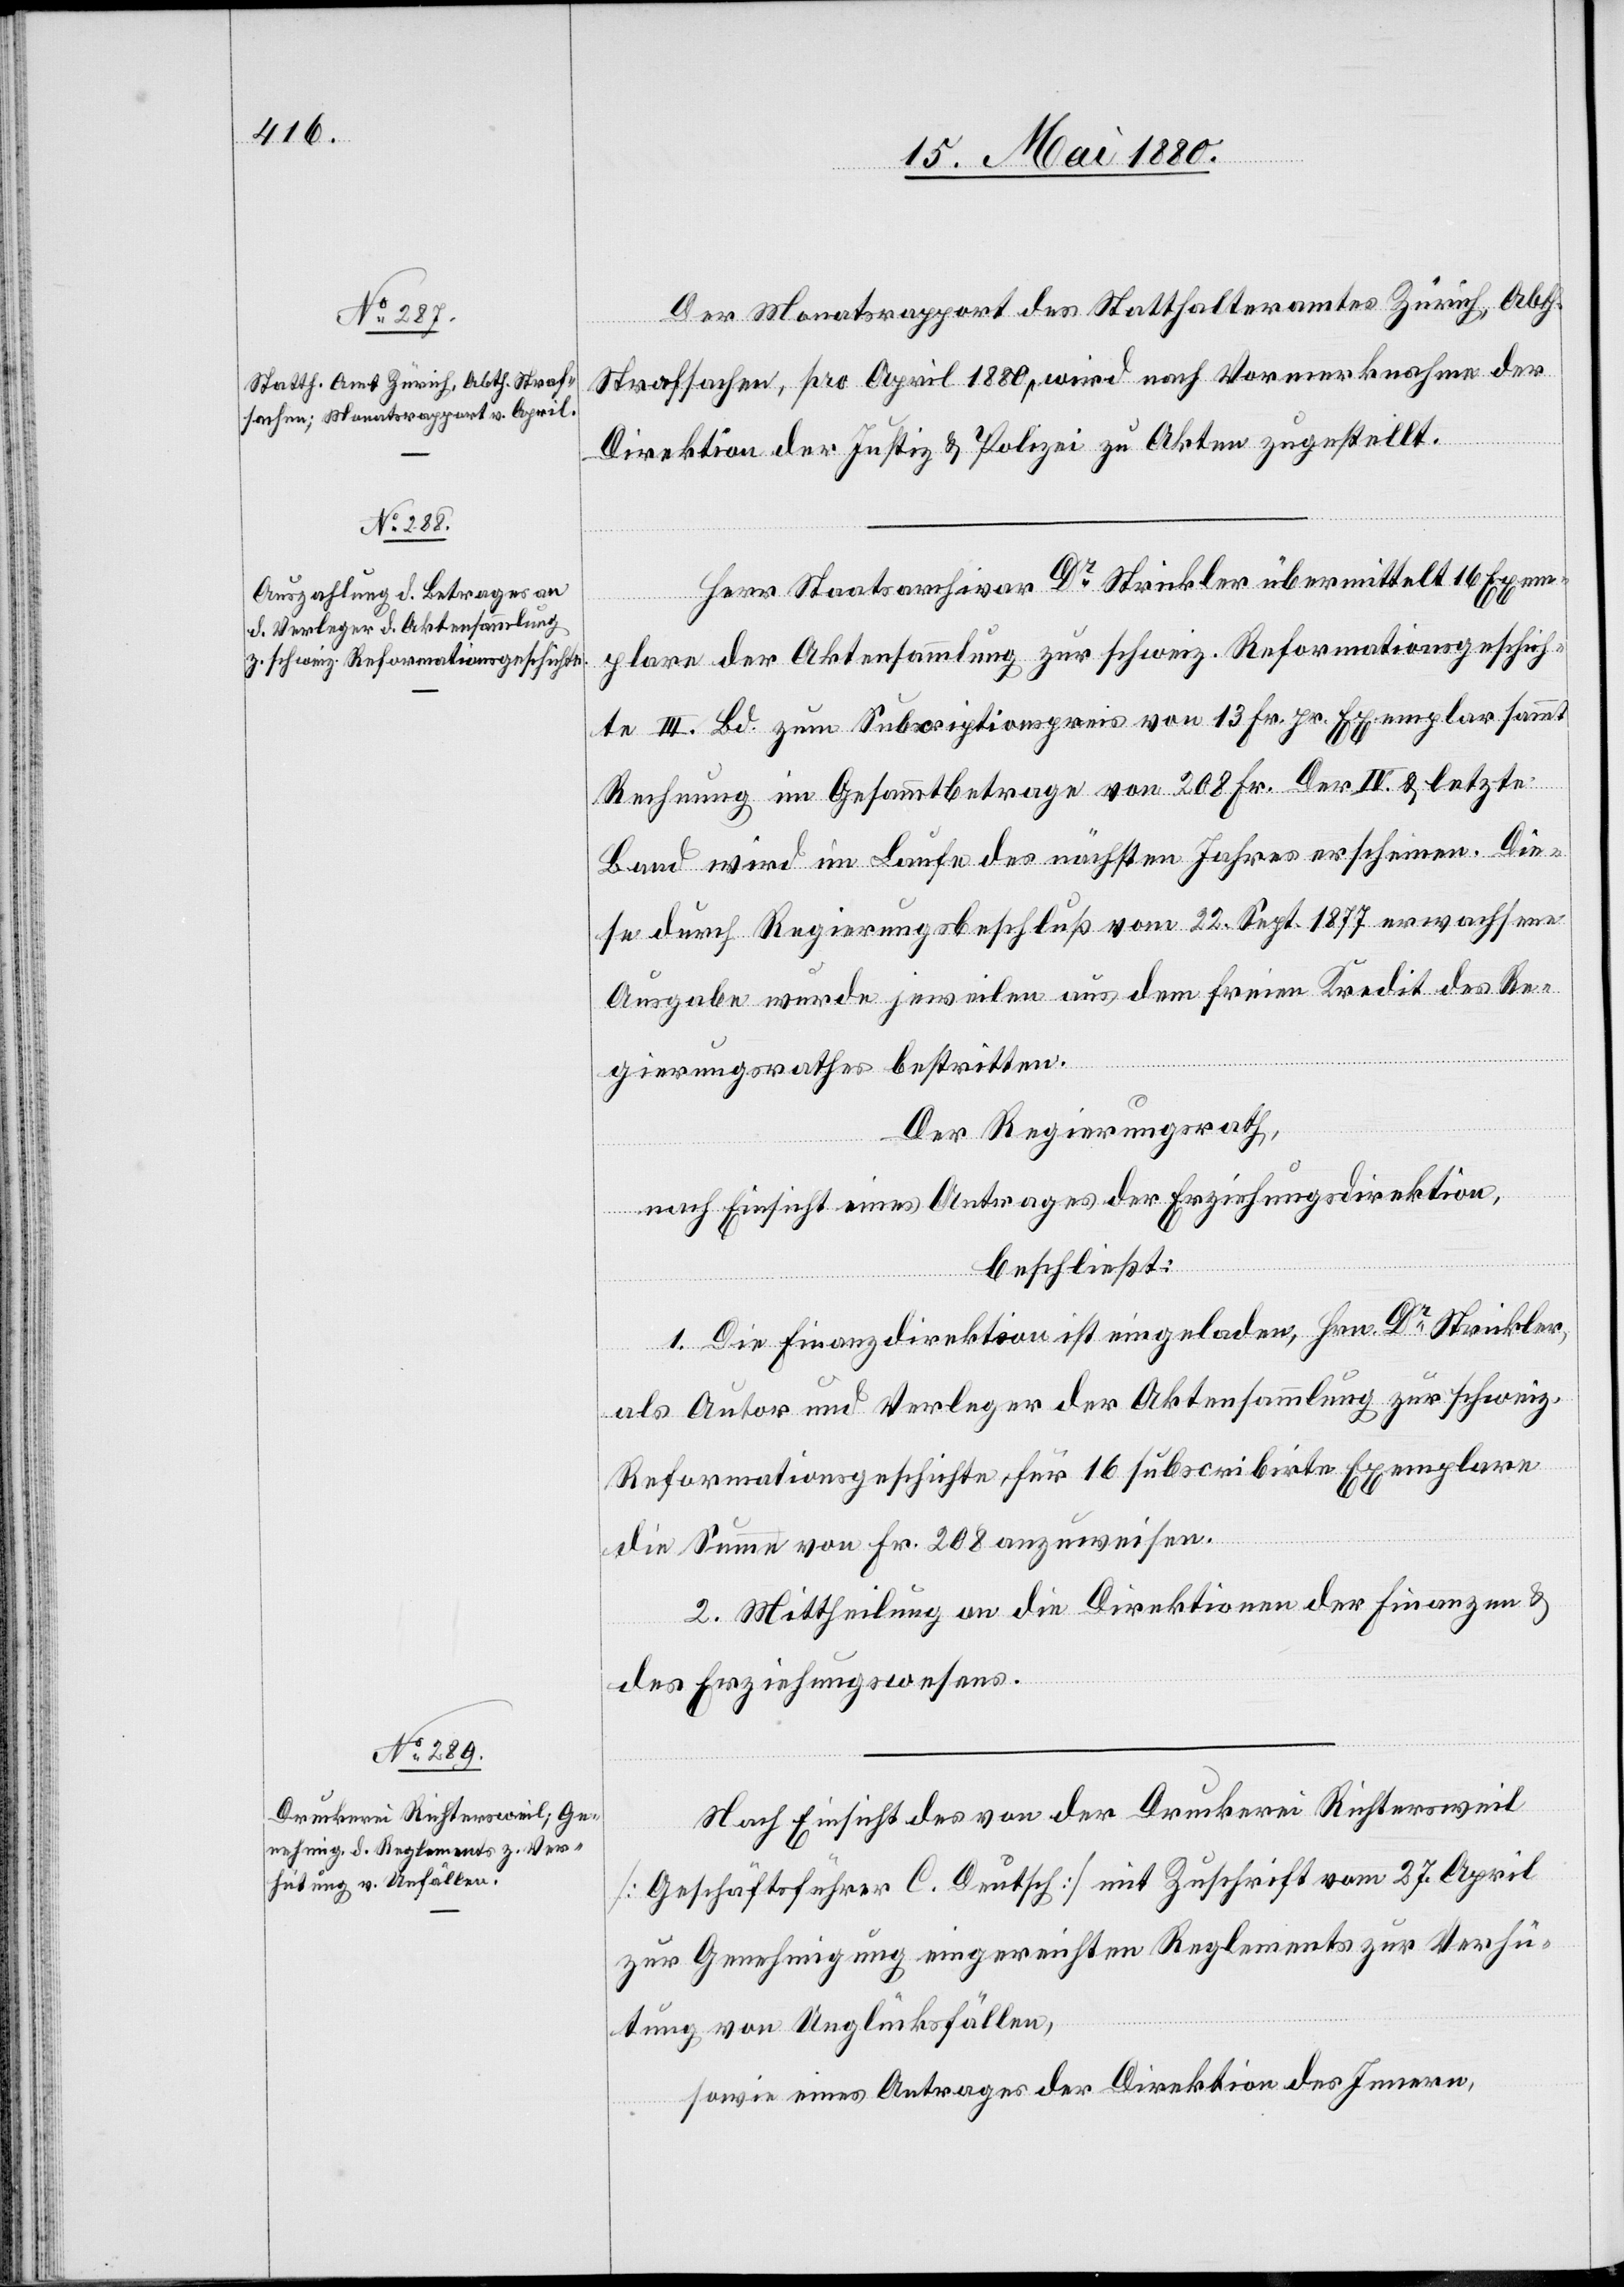
Der Monatsrapport des Statthalteramtes Zürich, Abth.
Strafsachen, pro April 1880, wird nach Vormerknahme der
Direktion der Justiz & Polizei zu Akten zugestellt.
Herr Staatsarchivar Dr Strickler übermittelt 16 Exem¬
plare der Aktensammlung zur schweiz. Reformationsgeschich¬
te III. Bd. zum Subscriptionspreis von 13 Fr. pr. Exemplar sammt
Rechnung im Gesammtbetrage von 208 Fr. Der IV & letzte
Band wird im Laufe des nächsten Jahres erscheinen. Die¬
se durch Regierungsbeschluß vom 22. Sept. 1877 erwachsene
Ausgabe wurde jeweilen aus dem freien Kredit des Re¬
gierungsrathes bestritten.
Der Regierungsrath,
nach Einsicht eines Antrages der Erziehungsdirektion,
beschließt:
1. Die Finanzdirektion ist eingeladen, Hrn. Dr Strickler
als Autor und Verleger der Aktensammlung zur schweiz.
Reformationsgeschichte für 16 subscribirte Exemplare
die Summe von Fr. 208 anzuweisen.
2. Mittheilung an die Direktionen der Finanzen &
des Erziehungswesens.
Nach Einsicht des von der Druckerei Richtersweil
[Geschäftsführer D. Deutsch] mit Zuschrift vom 27. April
zur Genehmigung eingereichten Reglements zur Verhü¬
tung von Unglücksfällen,
sowie eines Antrages der Direktion des Innern,